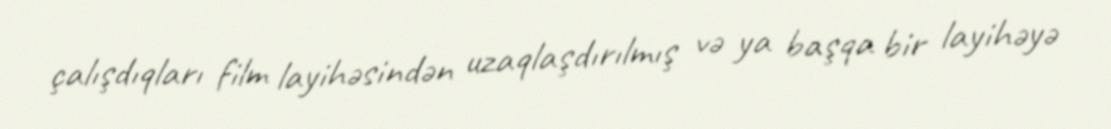
çalışdıqları film layihəsindən uzaqlaşdırılmış və ya başqa bir layihəyə